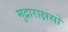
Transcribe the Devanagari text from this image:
मुद्राराक्षसों